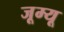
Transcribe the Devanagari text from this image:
जूम्यू